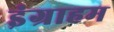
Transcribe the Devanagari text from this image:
इंग्राहम